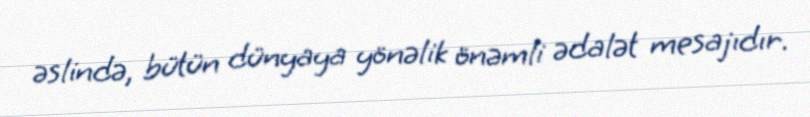
əslində, bütün dünyaya yönəlik önəmli ədalət mesajıdır.